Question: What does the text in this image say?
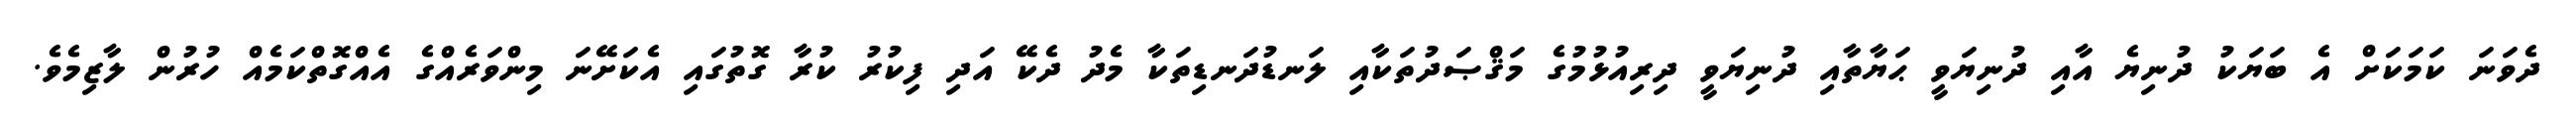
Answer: ދެވަނަ ކަމަކަށް އެ ބަޔަކު ދުނިޔެ އާއި ދުނިޔަވީ ޙަޔާތާއި ދުނިޔަވީ ދިރިއުޅުމުގެ މަޤްޞަދުތަކާއި ލަނޑުދަނޑިތަކާ މެދު ދެކޭ އަދި ފިކުރު ކުރާ ގޮތުގައި އެކަށޭނަ މިންވަރެއްގެ އެއްގޮތްކަމެއް ހުރުން ލާޒިމެވެ.